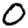
Digit: 0